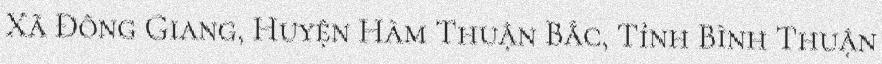
Xã Đông Giang, Huyện Hàm Thuận Bắc, Tỉnh Bình Thuận